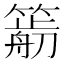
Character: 𥳭